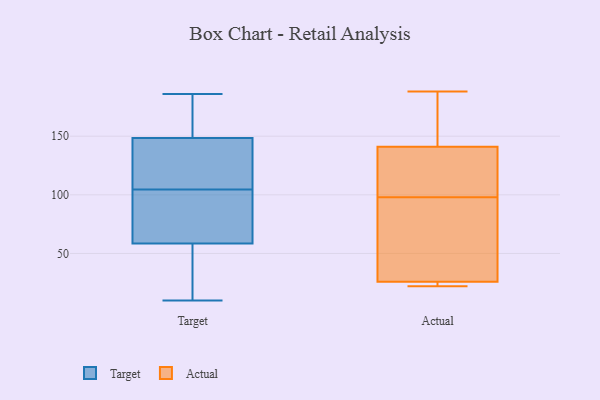
{"axis": {"x": "Budget (USD K)", "y": "Value"}, "legend": ["Actual", "Target"], "data": [{"x": "", "y": 10, "type": "Target"}, {"x": "", "y": 179, "type": "Target"}, {"x": "", "y": 151, "type": "Target"}, {"x": "", "y": 127, "type": "Target"}, {"x": "", "y": 88, "type": "Target"}, {"x": "", "y": 146, "type": "Target"}, {"x": "", "y": 103, "type": "Target"}, {"x": "", "y": 115, "type": "Target"}, {"x": "", "y": 48, "type": "Target"}, {"x": "", "y": 124, "type": "Target"}, {"x": "", "y": 95, "type": "Target"}, {"x": "", "y": 32, "type": "Target"}, {"x": "", "y": 186, "type": "Target"}, {"x": "", "y": 54, "type": "Target"}, {"x": "", "y": 63, "type": "Target"}, {"x": "", "y": 178, "type": "Target"}, {"x": "", "y": 69, "type": "Target"}, {"x": "", "y": 106, "type": "Target"}, {"x": "", "y": 154, "type": "Target"}, {"x": "", "y": 54, "type": "Target"}, {"x": "", "y": 46, "type": "Actual"}, {"x": "", "y": 22, "type": "Actual"}, {"x": "", "y": 188, "type": "Actual"}, {"x": "", "y": 85, "type": "Actual"}, {"x": "", "y": 26, "type": "Actual"}, {"x": "", "y": 131, "type": "Actual"}, {"x": "", "y": 141, "type": "Actual"}, {"x": "", "y": 111, "type": "Actual"}, {"x": "", "y": 23, "type": "Actual"}, {"x": "", "y": 183, "type": "Actual"}]}